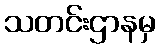
သတင်းဌာနမှ